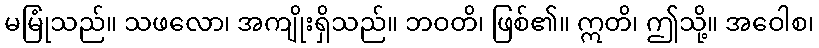
မမြုံသည်။ သဖလော၊ အကျိုးရှိသည်။ ဘဝတိ၊ ဖြစ်၏။ ဣတိ၊ ဤသို့။ အဝေါစ၊